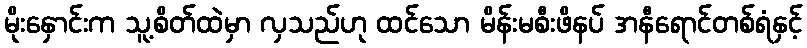
မိုးနှောင်းက သူ့စိတ်ထဲမှာ လှသည်ဟု ထင်သော မိန်းမစီးဖိနပ် အနီရောင်တစ်ရံနှင့်